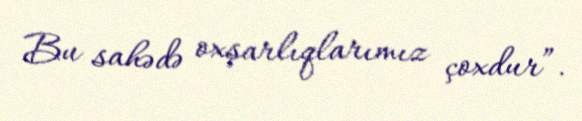
Bu sahədə oxşarlıqlarımız çoxdur”.